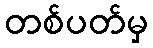
တစ်ပတ်မှ